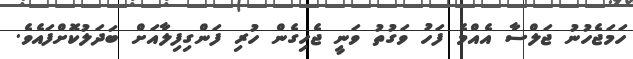
ހަމަޖެހުނު ޖަލްސާ އެއްމެ ފަހު ވަގުތު ވަނީ ޖެހިގެން ހުރި ފަންގިފިލާއަށް ބަދަލުކޮށްފައެވެ.